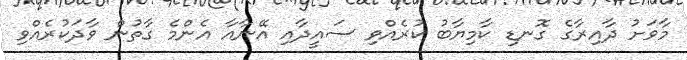
މާވަށު ދާއިރާގެ ގޮނޑި ކާމިޔާބު ކުރެއްވި ސައީދާއި އޭނާއާ އެންމެ ގާތުން ވާދަކުރެއްވި